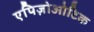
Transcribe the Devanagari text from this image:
एपिज़ोओटिक